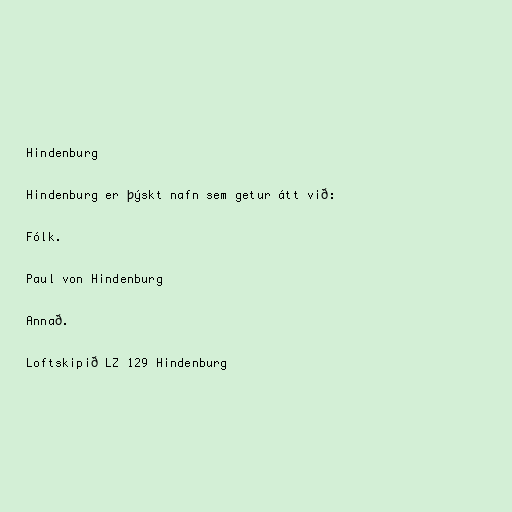
Hindenburg

Hindenburg er þýskt nafn sem getur átt við:

Fólk.

Paul von Hindenburg

Annað.

Loftskipið LZ 129 Hindenburg